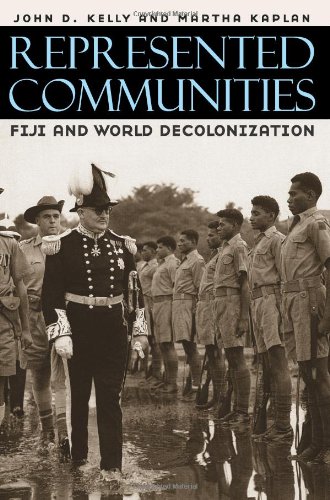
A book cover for Represented Communities: Fiji and World Decolonization; John D. Kelly; History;